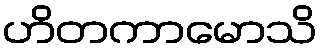
ဟိတကာမောသိ